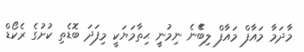
މަާދަމަާ މައަާފް މައަާފް ލިބެޭނެ ނިމުނިީ ޙިތާމަޔަކީ މިފަދަ ބޮޑެތި ކުށުގެ ރެކޯޑް